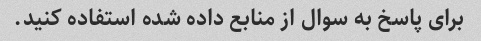
برای پاسخ به سوال از منابع داده شده استفاده کنید.